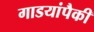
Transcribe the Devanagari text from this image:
गाडयांपैकी